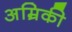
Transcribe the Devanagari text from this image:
अम्रिकी